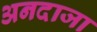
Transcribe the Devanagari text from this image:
अनदाजा